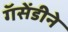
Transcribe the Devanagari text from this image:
गॅसेंडीने